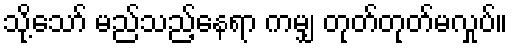
သို့သော် မည်သည့်နေရာ ကမျှ တုတ်တုတ်မလှုပ်။